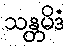
သန္တမိဒံ